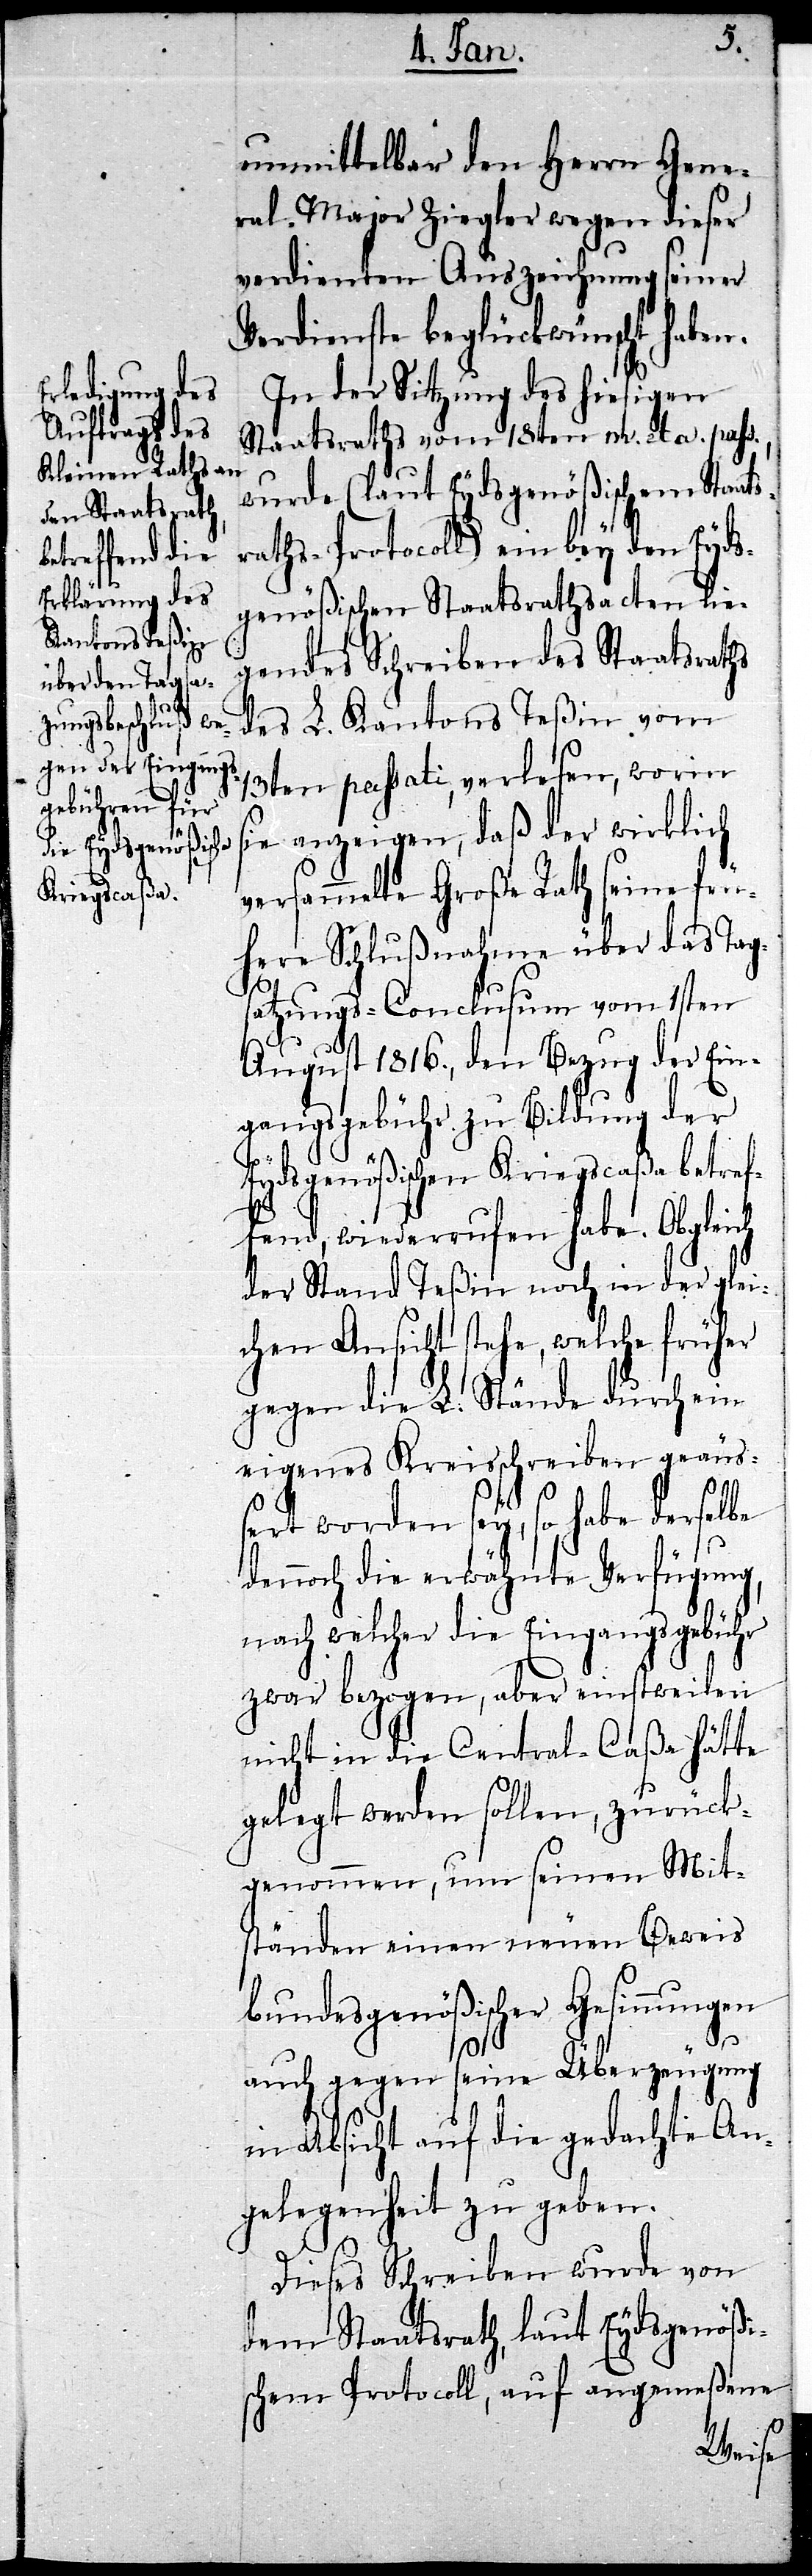
unmittelbar den Herrn Gene¬
ral-Major Ziegler wegen dieser
verdienten Auszeichnung seiner
Verdienste beglückwünscht haben.
In der Sitzung des hiesigen
Staatsraths vom 18ten m. et a.
pass., wurde (laut Eydsgenößischem Staats¬
raths-Protocoll) ein bey den Eyds¬
genößischen Staatsrathsacten lie¬
gendes Schreiben des Staatsraths
des L. Kantons Teßin vom
13ten passati, verlesen, worin
sie anzeigen, daß der wirklich
versammelte Große Rath seine frü¬
here Schlußnahme über das Tag¬
satzungs-Conclusum vom 1sten
August 1816., den Bezug der Ein¬
gangsgebühr zu Bildung der
Eydsgenößischen Kriegscaßa betref¬
fend, wiederrufen habe. Obgleich
der Stand Teßin noch in der glei¬
chen Ansicht stehe, welche früher
gegen die L. Stände durch ein
eigenes Kreisschreiben geäuß¬
ert worden sey, so habe derselbe
dennoch die erwähnte Verfügung,
nach welcher die Eingangsgebühr
zwar bezogen, aber einstweilen
nicht in die Central-Caßa hätte
gelegt werden sollen, zurück¬
genommen, um seinen Mit¬
ständen einen neuen Beweis
bundesgenößischer Gesinnungen
auch gegen seine Überzeugung
in Absicht auf die gedachte An¬
gelegenheit zu geben.
Dieses Schreiben wurde von
dem Staatsrath, laut Eydsgenößis¬
chem Protocoll, auf angemeßene